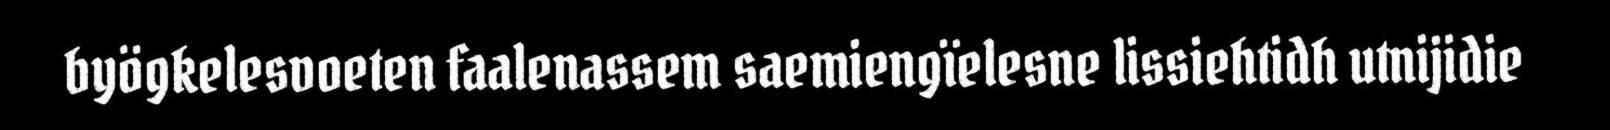
byögkelesvoeten faalenassem saemiengïelesne lissiehtidh utnijidie